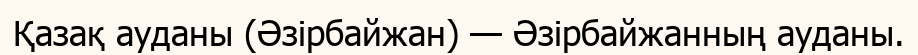
Қазақ ауданы (Әзірбайжан) — Әзірбайжанның ауданы.